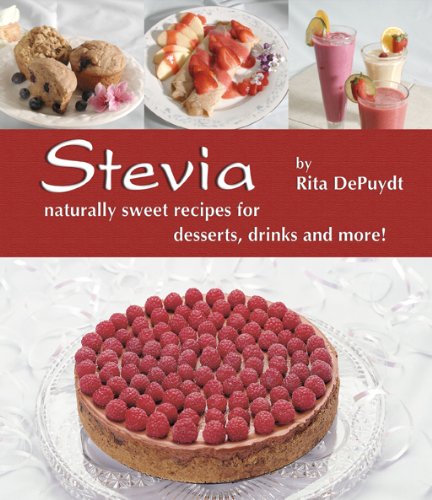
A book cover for Stevia: Naturally Sweet Recipes for Desserts, Drinks, and More; Rita Depuydt; Cookbooks, Food & Wine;